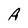
Character: A